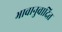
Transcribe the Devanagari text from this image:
भावानुवादित